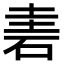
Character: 𥒐